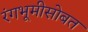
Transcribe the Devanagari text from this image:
रंगभूमीसोबत